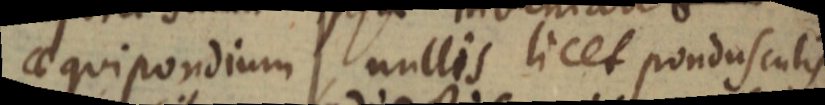
aequipondium, nullis licet pondusculis